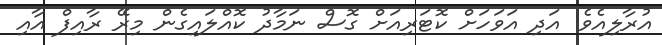
އުރާލިއެވެ. އަދި އަވަހަށް ކޮޓަރިއަށް ގޮސް ނަމާދު ކޮއްލައިގެން މިރޭ ރާއިފް އާއި